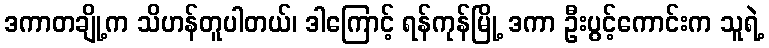
ဒကာတချို့က သိဟန်တူပါတယ်၊ ဒါကြောင့် ရန်ကုန်မြို့ ဒကာ ဦးပွင့်ကောင်းက သူရဲ့